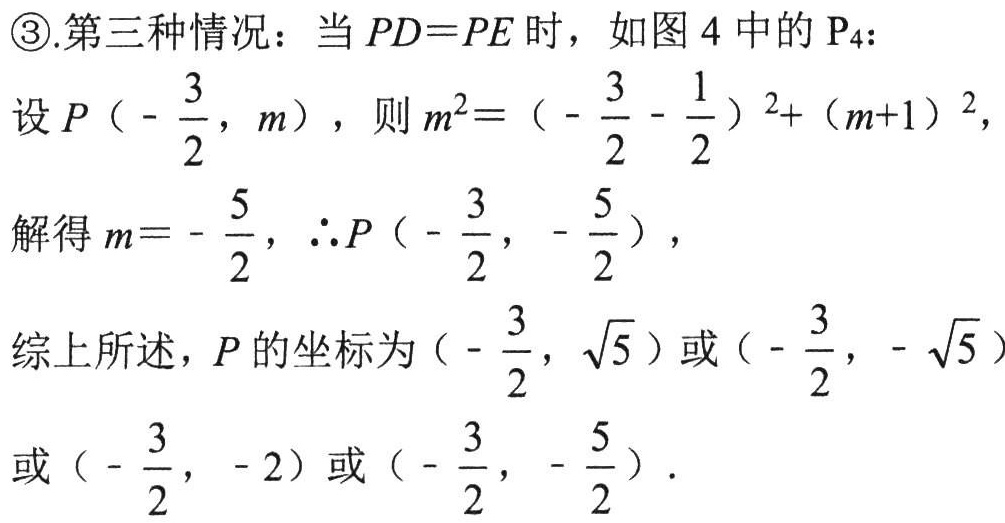
\textcircled{3}.第三种情况：当 \(PD = PE\) 时，如图 4 中的 \(P_{4}\)：
设 \(P\left(-\dfrac{3}{2},m\right)\)，则 \(m^{2}=\left(-\dfrac{3}{2}-\dfrac{1}{2}\right)^{2}+(m + 1)^{2}\)，
解得 \(m=-\dfrac{5}{2}\)，\(\therefore P\left(-\dfrac{3}{2},-\dfrac{5}{2}\right)\)，
综上所述，\(P\) 的坐标为 \(\left(-\dfrac{3}{2},\sqrt{5}\right)\) 或 \(\left(-\dfrac{3}{2},-\sqrt{5}\right)\) 或 \(\left(-\dfrac{3}{2},-2\right)\) 或 \(\left(-\dfrac{3}{2},-\dfrac{5}{2}\right)\)．